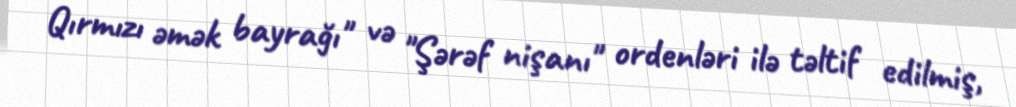
Qırmızı əmək bayrağı" və "Şərəf nişanı" ordenləri ilə təltif edilmiş,